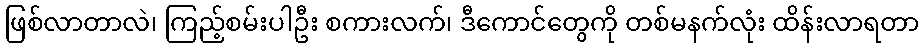
ဖြစ်လာတာလဲ၊ ကြည့်စမ်းပါဦး စကားလက်၊ ဒီကောင်တွေကို တစ်မနက်လုံး ထိန်းလာရတာ